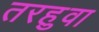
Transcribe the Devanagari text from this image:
तरहुवा